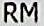
RM